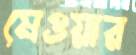
মেওয়ার